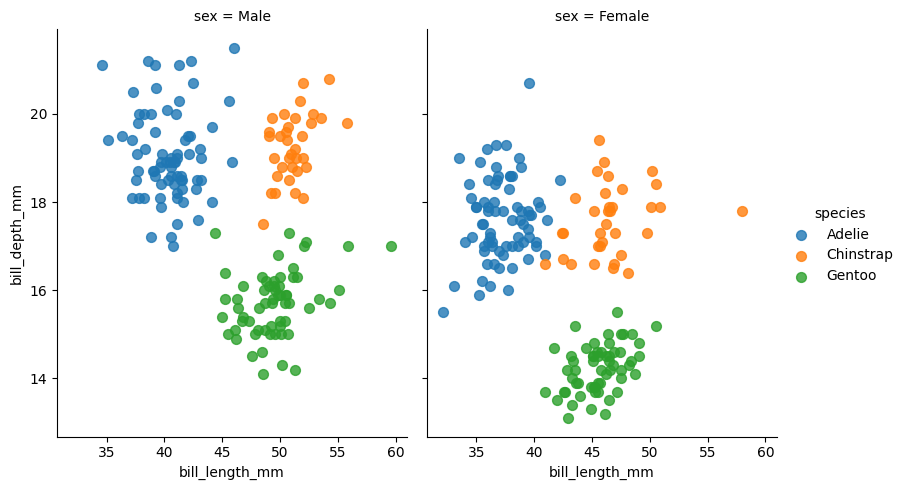
python, seaborn, lmplot, aspect=0.8, order=1, markers='o'